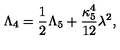
\Lambda _ { 4 } = { \frac { 1 } { 2 } } \Lambda _ { 5 } + { \frac { \kappa _ { 5 } ^ { 4 } } { 1 2 } } \lambda ^ { 2 } ,